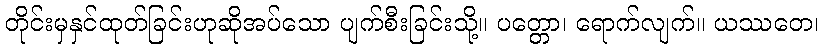
တိုင်းမှနှင်ထုတ်ခြင်းဟုဆိုအပ်သော ပျက်စီးခြင်းသို့။ ပတ္တော၊ ရောက်လျက်။ ယဿတေ၊